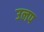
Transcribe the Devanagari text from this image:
उलप